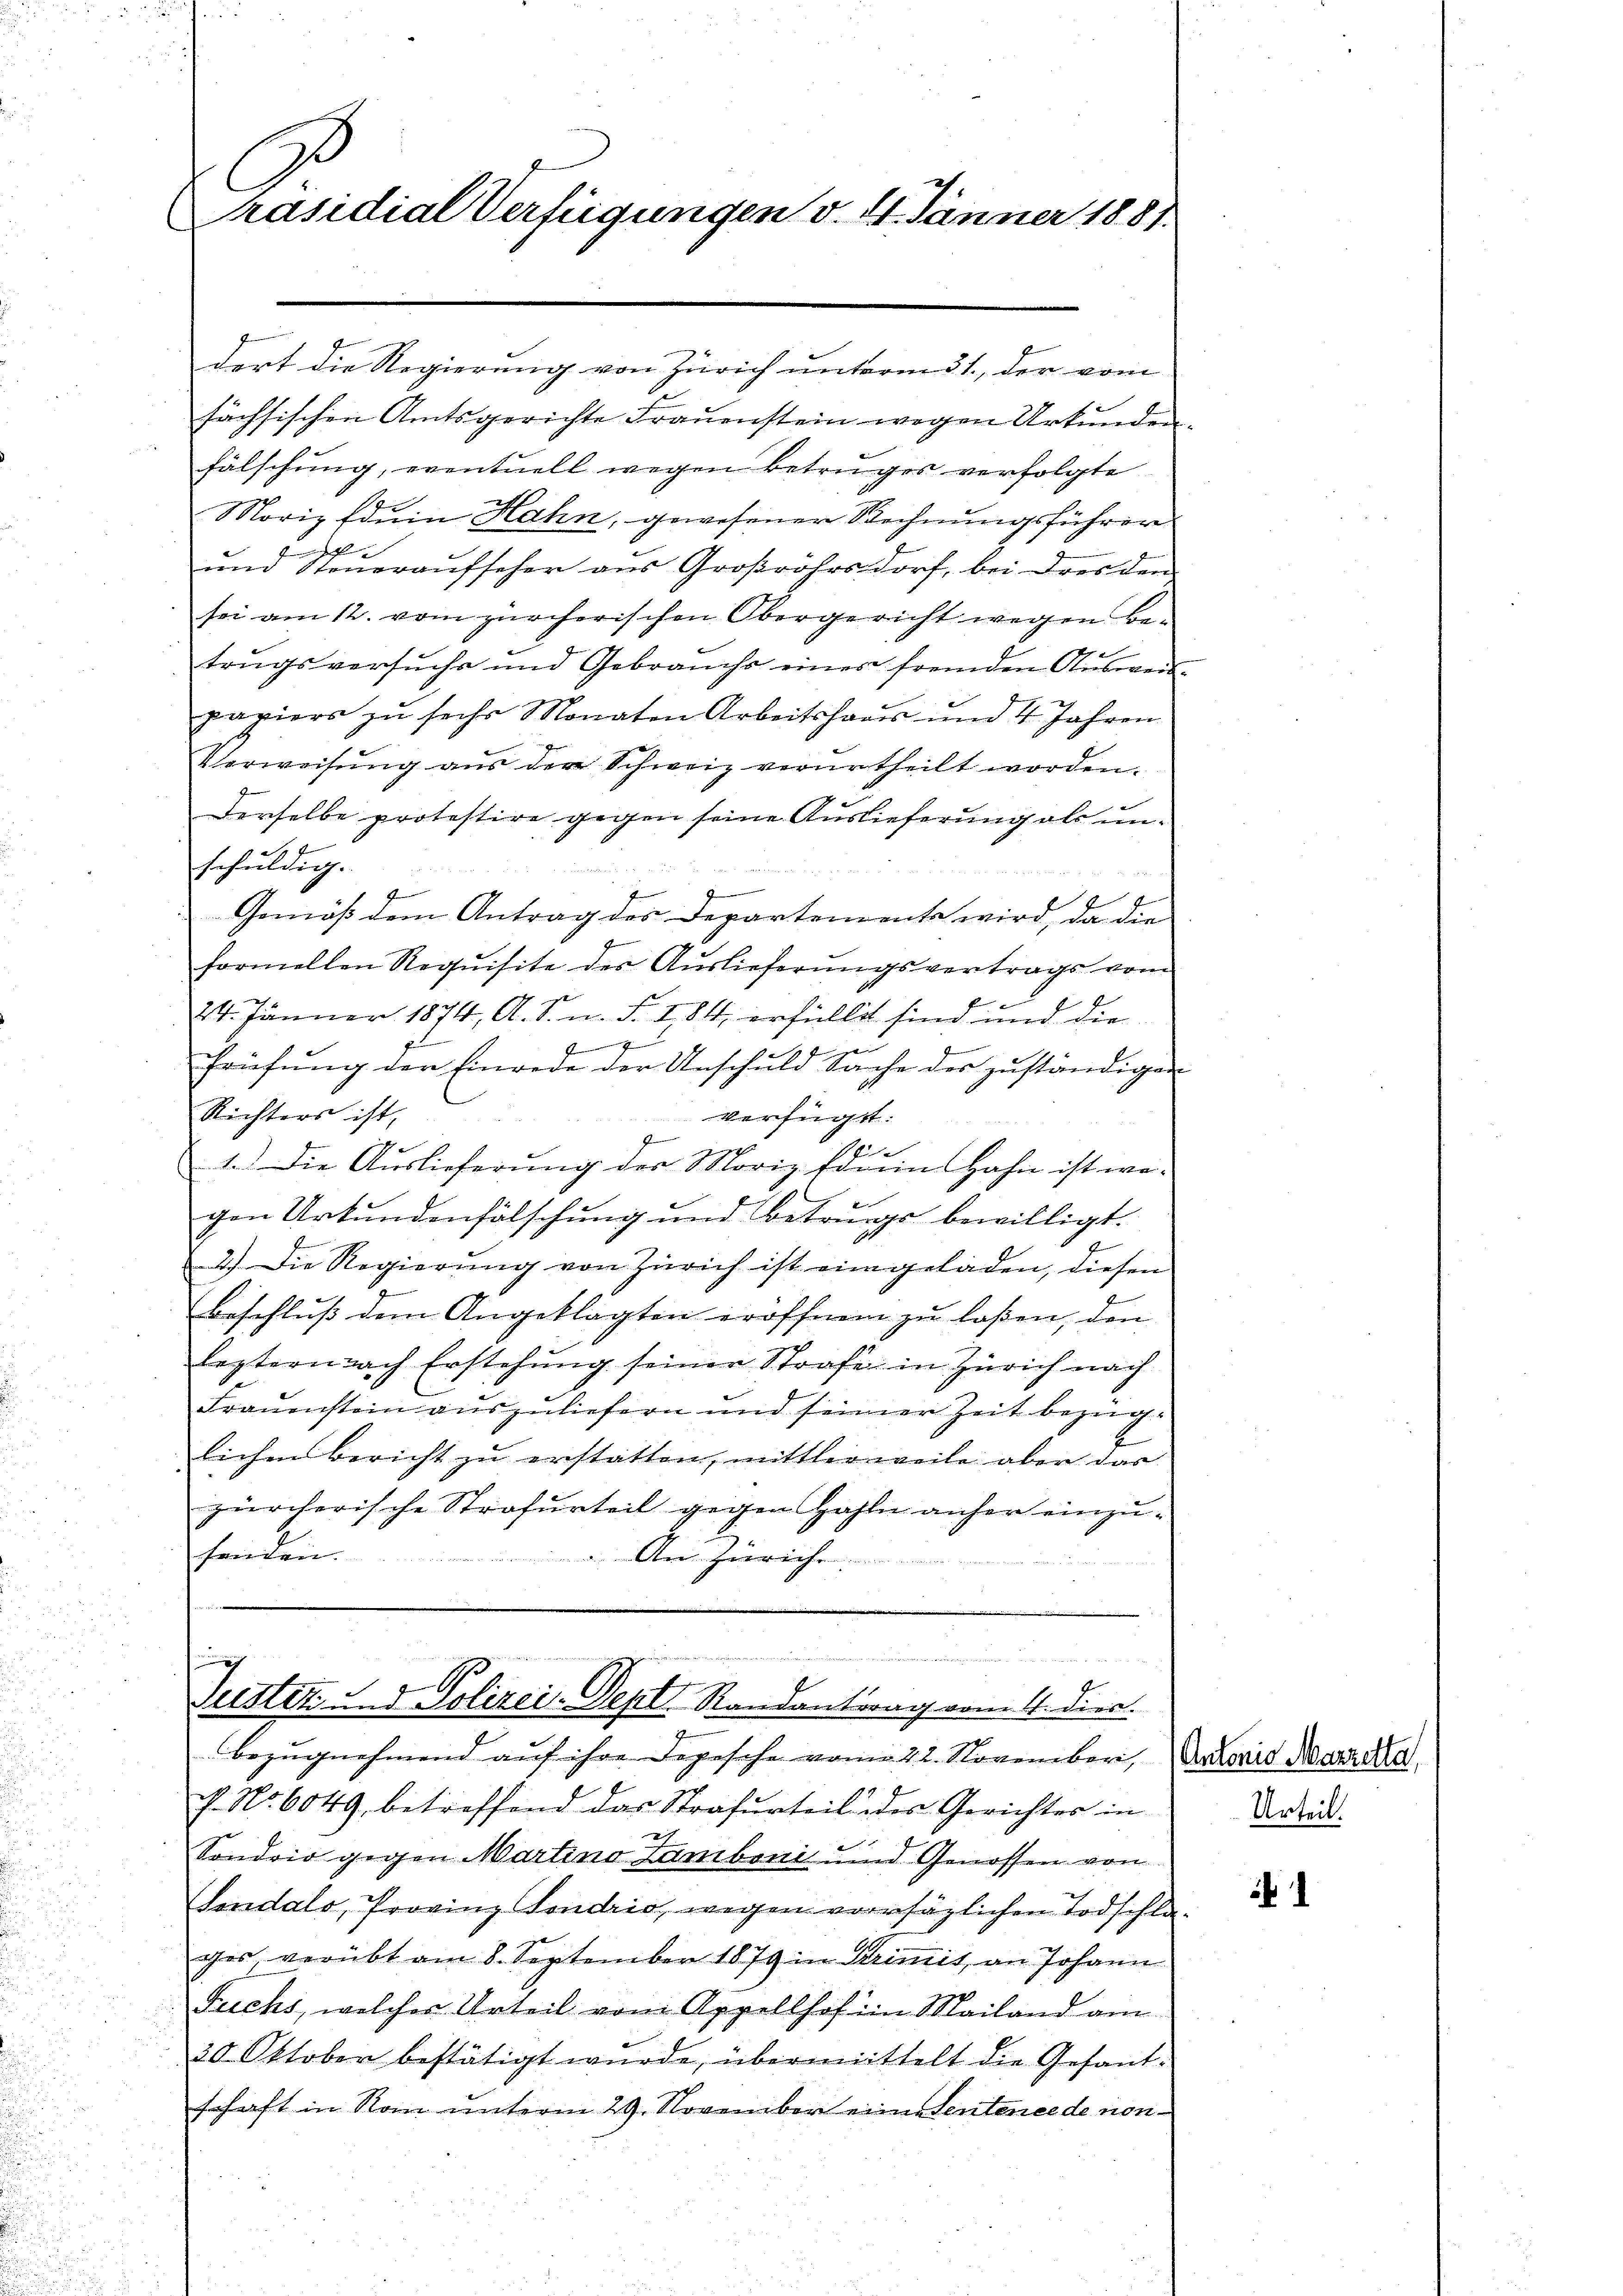
Präsidial Verfügungen v. 4. Jänner 1881.

sächsischen Amtsgerichte Frauenstein wegen Urkunden.
fälschung, eventuell wegen betruges verfolgte
Moriz fein Hahn, gewesener Rechnungsführer
und Steueraufseher aus Großrohrsdorf, bei dres den
sei am 12. vom zürcherischen Obergericht wegen Betrugsversuchs und Gebrauchs eines fremden Aŭsweis-
paviers zŭ sechs Monaten Arbeitshaus und 4 Jahren
Verweisŭng aŭs der Schweiz verurtheilt worden.
Derselbe protestire gegen seine Auslieferung als unschuldig.
.
Gemäß dem Antrag des Departements wird, da die
formellen Requisite des Auslieferungsvertrags vom
24. Jänner 1874, A. S. n. F. 184 erfüllet sind und die
2
.
d
früfŭng der Einrede der Anschuld Sache der zŭständigen
Richters ist,
 verfügt.
4
e
1. Die Auslieferŭng des Moriz Edrein Hahn ist wegen Urkundenfälschung und Betrungs bewilligt.
2.) Die Regierŭng von Zürich ist eingeladen, diesen
beschluß dem Angeklagten eröffnen zu laßen, den
leztern nach Erstehung seiner Strafe in Zürich nach
Frauenstein auszuliefern und seiner Zeit bezüglichen Bericht zŭ erstatten, mittler weile aber das
zürcherische Strafurteil gegen Zahln anher einzusenden.
An Zürich
 de der in den in der

dert die Regierung von Zürich unterm 31., der vom

c
.
Suster und Polizei-Sept. Randantrag vom 4. dies.

bezŭgnehmend auf ihre Depesche vom 22. November. Deraris Morde
c. No. 6049, betreffend das Strafurteil des Gerichtes in
2
Sondrio gegen Martino Zamboni und Genossen von
Sendalo, Provinz Fondrio, wegen vorrsäglichen Todschlages, verübt am 8. September 1879 in Krimit, an Johann
Fuchs, welcher Urteil vom Appellhof im Mailand am
20 Oktober bestätigt wurde, übermittelt die Gesantschaft in Rom unterm 29. November einen Sentence de non

Urteil.

1